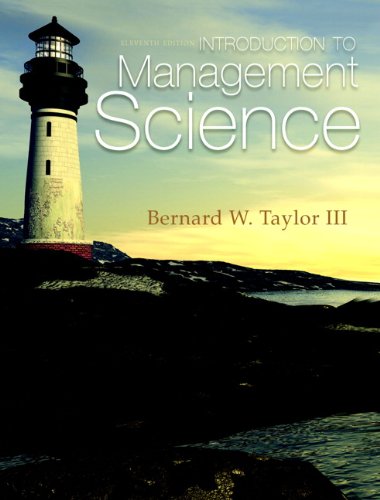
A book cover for Introduction to Management Science (11th Edition); Bernard W. Taylor III; Business & Money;